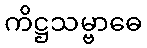
ကိဋ္ဌသမ္ဗာဓေ